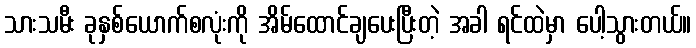
သားသမီး ခုနှစ်ယောက်စလုံးကို အိမ်ထောင်ချပေးပြီးတဲ့ အခါ ရင်ထဲမှာ ပေါ့သွားတယ်။